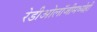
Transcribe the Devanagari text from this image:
रेडीओलॉजीमध्येही